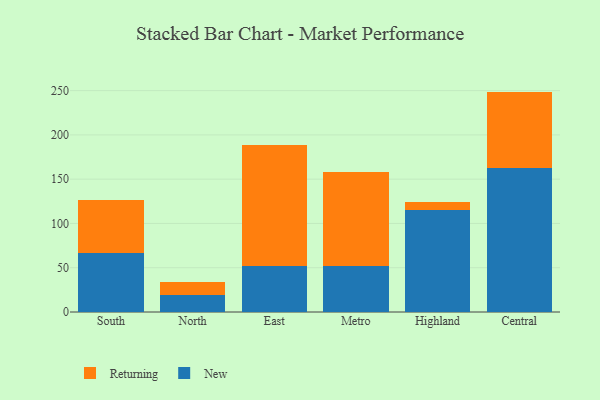
{"axis": {"x": "Region", "y": "Population (Million)"}, "legend": ["New", "Returning"], "data": [{"x": "South", "y": 66.4, "type": "New"}, {"x": "South", "y": 60.2, "type": "Returning"}, {"x": "North", "y": 19.6, "type": "New"}, {"x": "North", "y": 14.0, "type": "Returning"}, {"x": "East", "y": 52.0, "type": "New"}, {"x": "East", "y": 137.0, "type": "Returning"}, {"x": "Metro", "y": 52.4, "type": "New"}, {"x": "Metro", "y": 105.6, "type": "Returning"}, {"x": "Highland", "y": 114.7, "type": "New"}, {"x": "Highland", "y": 9.1, "type": "Returning"}, {"x": "Central", "y": 162.2, "type": "New"}, {"x": "Central", "y": 86.7, "type": "Returning"}]}